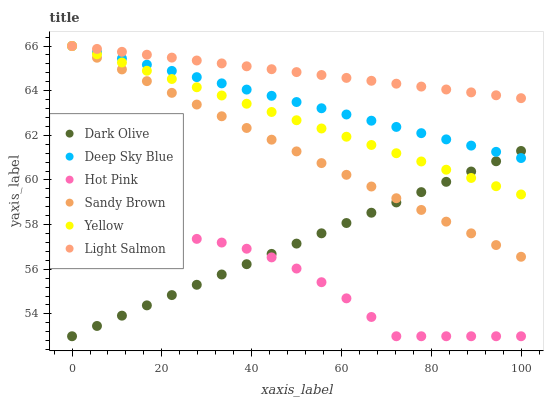
| xaxis_label | Dark Olive | Deep Sky Blue | Hot Pink | Sandy Brown | Yellow | Light Salmon |
 | --- | --- | --- | --- | --- | --- | --- |
 | 0 | 53 | 66 | 56.5 | 66 | 66 | 66 |
 | 5.56 | 53.5 | 65.7 | 56.9 | 65.5 | 65.6 | 65.9 |
 | 11.1 | 53.9 | 65.4 | 57.2 | 65 | 65.3 | 65.7 |
 | 16.7 | 54.4 | 65.2 | 57.4 | 64.4 | 64.9 | 65.6 |
 | 22.2 | 54.8 | 64.9 | 57.4 | 63.9 | 64.5 | 65.5 |
 | 27.8 | 55.3 | 64.6 | 57.4 | 63.4 | 64.2 | 65.4 |
 | 33.3 | 55.8 | 64.3 | 57.2 | 62.9 | 63.8 | 65.2 |
 | 38.9 | 56.2 | 64 | 56.9 | 62.3 | 63.4 | 65.1 |
 | 44.4 | 56.7 | 63.8 | 56.5 | 61.8 | 63 | 65 |
 | 50 | 57.1 | 63.5 | 56 | 61.3 | 62.7 | 64.8 |
 | 55.6 | 57.6 | 63.2 | 55.4 | 60.8 | 62.3 | 64.7 |
 | 61.1 | 58.1 | 62.9 | 54.7 | 60.2 | 61.9 | 64.6 |
 | 66.7 | 58.5 | 62.7 | 53.9 | 59.7 | 61.6 | 64.4 |
 | 72.2 | 59 | 62.4 | 53 | 59.2 | 61.2 | 64.3 |
 | 77.8 | 59.5 | 62.1 | 53 | 58.7 | 60.8 | 64.2 |
 | 83.3 | 59.9 | 61.8 | 53 | 58.1 | 60.5 | 64.1 |
 | 88.9 | 60.4 | 61.5 | 53 | 57.6 | 60.1 | 63.9 |
 | 94.4 | 60.8 | 61.3 | 53 | 57.1 | 59.7 | 63.8 |
 | 100 | 61.3 | 61 | 53 | 56.6 | 59.4 | 63.7 |